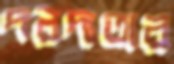
দরদাতার